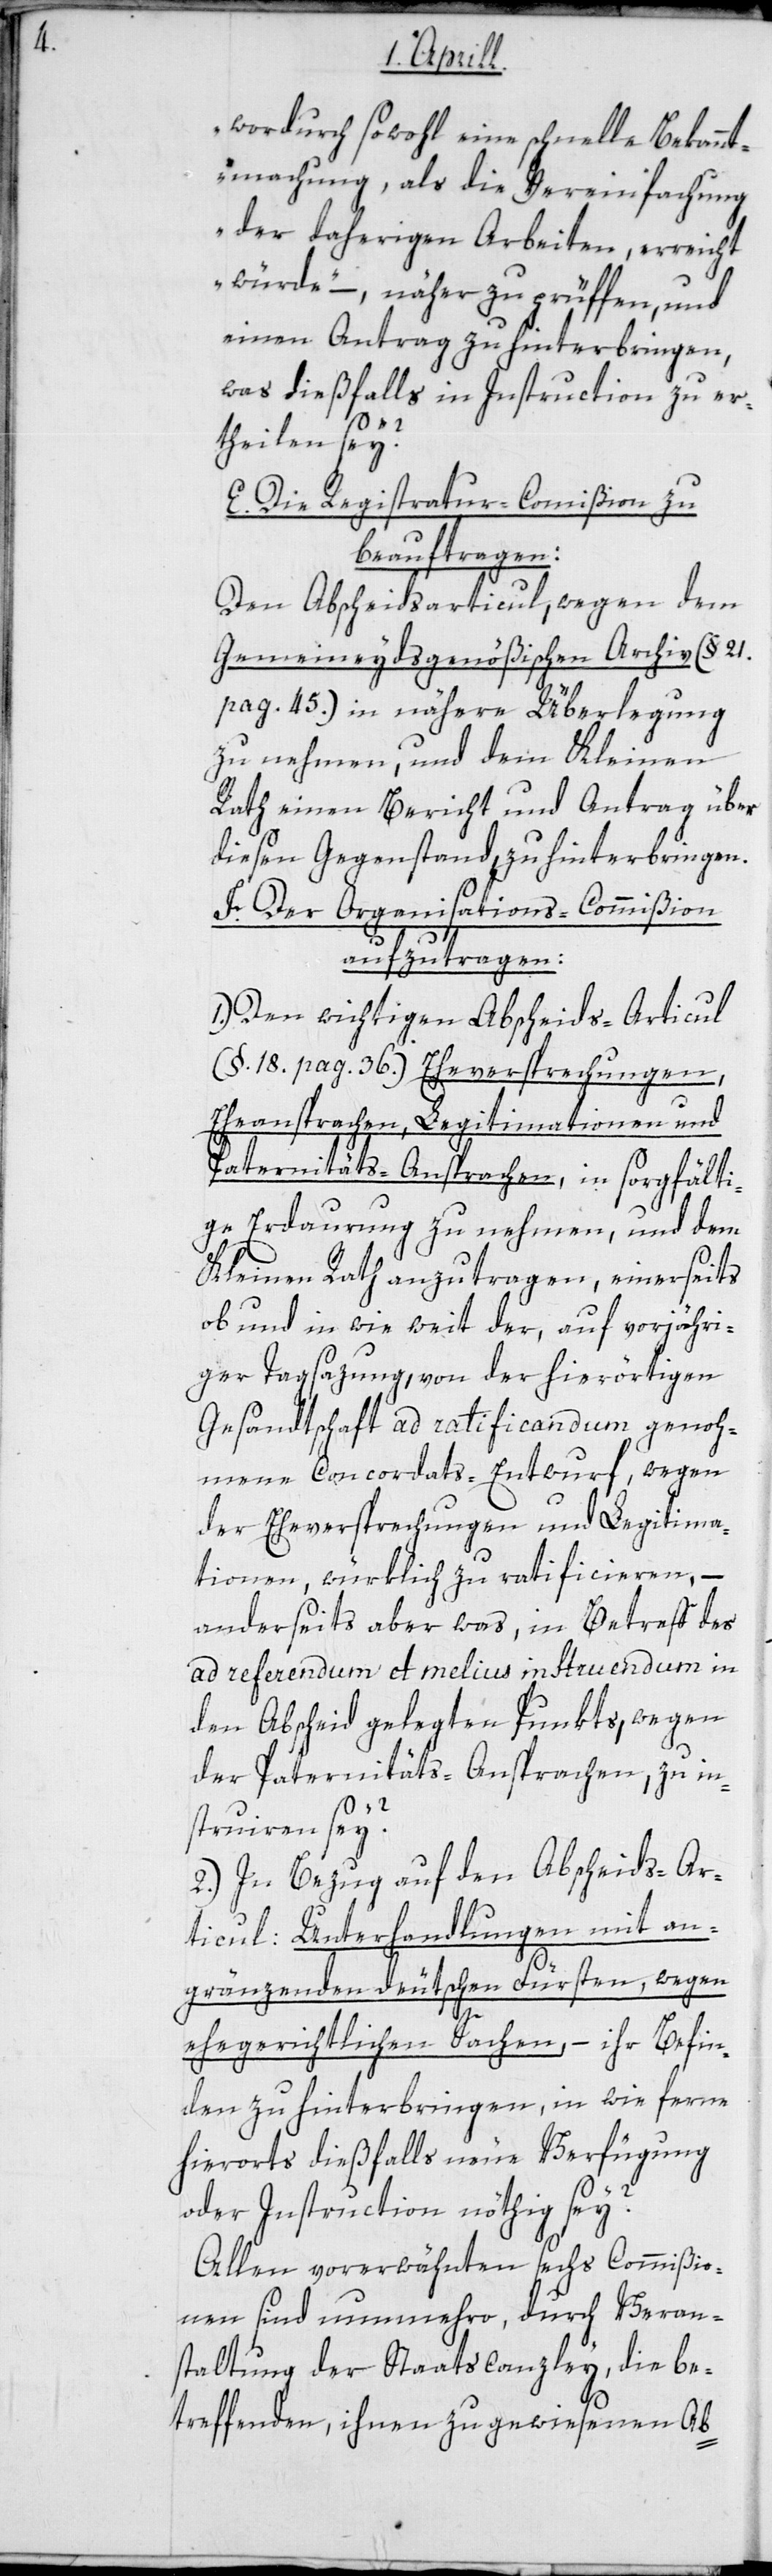
wordurch sowohl eine schnelle Bekannt¬
machung als die Vereinfachung
der daherigen Arbeiten erreicht
würde“ – näher zu prüffen, und
einen Antrag zu hinterbringen,
was dießfalls in Instruction zu er¬
theilen sey?
E. Die Registratur-Commißion zu
beauftragen:
Den Abscheidsarticul, wegen dem
Gemeineydsgenößischen Archiv (§ 21.
pag. 45.) in nähere Überlegung
zu nehmen, und dem Kleinen
Rath einen Bericht und Antrag über
diesen Gegenstand zu hinterbringen.
F. Der Organisations-Commißion
aufzutragen:
1.) Den wichtigen Abscheids-Articul
(§. 18. pag. 36.) Eheversprechungen,
Eheansprachen, Legitimationen und
Paternitäts-Ansprachen, in sorgfälti¬
ge Erdaurung zu nehmen, und dem
Kleinen Rath anzutragen, einerseits
ob und in wie weit der, auf vorjähri¬
ger Tagsatzung, von der hierörtigen
Gesandtschaft ad ratificandum genoh¬
mene Concordats-Entwurf, wegen
der Eheversprechungen und Legitima¬
tionen, würklich zu ratificieren, –
anderseits aber was, in Betreff des
ad referendum et melius instruendum in
den Abscheid gelegten Punkts, wegen
der Paternitäts-Ansprachen, zu in¬
struiren sey?
2.) In Bezug auf den Abscheids-Ar¬
ticul: Unterhandlungen mit an¬
gränzenden deutschen Fürsten, wegen
ehegerichtlichen Sachen, – ihr Befin¬
den zu hinterbringen, in wie ferne
hierorts dießfalls neue Verfügung
oder Instruction nöthig sey?
Allen vorerwähnten sechs Commißio¬
nen sind nunmehro, durch Veran¬
staltung der Staatscanzley, die be¬
treffenden, ihnen zugewiesenen Ab-